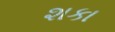
શકા